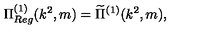
\Pi _ { R e g } ^ { ( 1 ) } ( k ^ { 2 } , m ) = \widetilde { \Pi } ^ { ( 1 ) } ( k ^ { 2 } , m ) ,